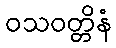
ဝသဝတ္တိနံ